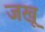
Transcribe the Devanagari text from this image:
जखू